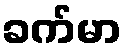
ခက်မာ